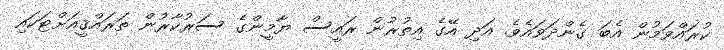
ކުރައްވަމުން އެބަ ގެންދަވައެވެ. އަދި އޭގެ އިތުރުން ރައީސް ޔާމީންގެ ސަރުކާރުން ތަރައްޤީއަށްޓަކައި